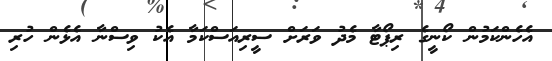
އެހެންކަމުން ކޯނީގެ ރިޕޯޓާ މެދު ވަރަށް ސީރިއަސްކަމާ އެކު ވިސްނާ އެޅެން ހުރި